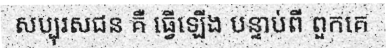
សប្បុរសជន គឺ ធ្វើឡើង បន្ទាប់ពី ពួកគេ